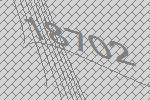
18702